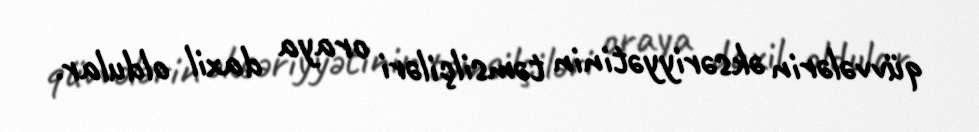
qüvvələrin əksəriyyətinin təmsilçiləri oraya daxil oldular.